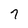
Character: 7